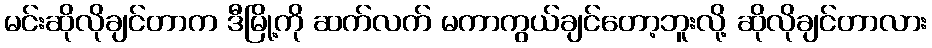
မင်းဆိုလိုချင်တာက ဒီမြို့ကို ဆက်လက် မကာကွယ်ချင်တော့ဘူးလို့ ဆိုလိုချင်တာလား